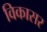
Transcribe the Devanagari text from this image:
विकासर